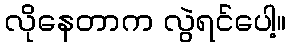
လိုနေတာက လွဲရင်ပေါ့။